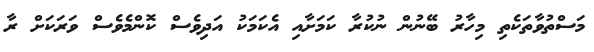
މަސްތުވާތަކެތި މިހާރު ބޭނުން ނުކުރާ ކަމަށާއި އެކަމަކު އަދިވެސް ކޮންމެވެސް ވަރަކަށް ރާ